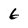
Character: 6